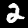
Digit: 2